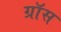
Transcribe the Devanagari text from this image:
ग्राॅस